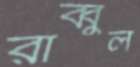
রাব্বুল